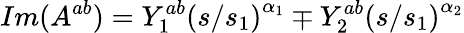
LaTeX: Im(A^{ab})=Y_{1}^{ab}\left({s/s_{1}}\right)^{\alpha_{1}}\mp Y_{2}^{ab}\left({s/s_{1}}\right)^{\alpha_{2}}